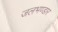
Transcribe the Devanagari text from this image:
जलभण्डार